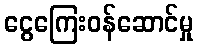
ငွေကြေးဝန်ဆောင်မှု